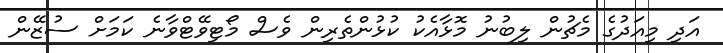
އަދި މިއަދުގެ މެޗުން ލިބުނު މޮޅާއެކު ކުޅުންތެރިން ވެސް މޯޓިވޭޓްވާނެ ކަމަށް ސުޒޭން